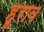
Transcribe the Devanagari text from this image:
हूराव